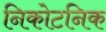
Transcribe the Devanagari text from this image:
निकोटनिक